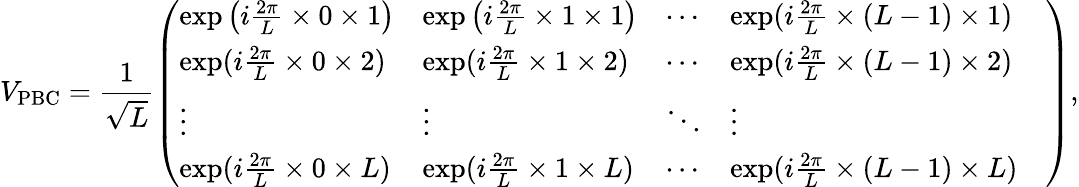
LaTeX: V_{\mathrm{PBC}}=\frac{1}{\sqrt{L}}\left(\begin{array}{lllll}{\exp\left(i\frac{2\pi}{L}\times 0\times 1\right)}&{\exp\left(i\frac{2\pi}{L}\times 1\times 1\right)}&{\cdots}&{\exp(i\frac{2\pi}{L}\times(L-1)\times 1)}&\\ {\exp(i\frac{2\pi}{L}\times 0\times 2)}&{\exp(i\frac{2\pi}{L}\times 1\times 2)}&{\cdots}&{\exp(i\frac{2\pi}{L}\times(L-1)\times 2)}&\\ {\vdots}&{\vdots}&{\ddots}&{\vdots}&\\ {\exp(i\frac{2\pi}{L}\times 0\times L)}&{\exp(i\frac{2\pi}{L}\times 1\times L)}&{\cdots}&{\exp(i\frac{2\pi}{L}\times(L-1)\times L)}&\end{array}\right),